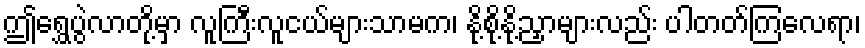
ဤရွှေပွဲလာတို့မှာ လူကြီးလူငယ်များသာမက၊ နို့စို့နို့ညှာများလည်း ပါတတ်ကြလေရာ၊